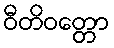
ဝီတိဝတ္တော